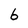
Character: b